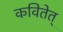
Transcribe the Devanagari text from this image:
कवितेत्